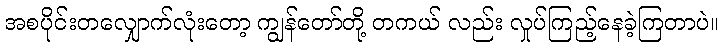
အစပိုင်းတလျှောက်လုံးတော့ ကျွန်တော်တို့ တကယ် လည်း လှုပ်ကြည့်နေခဲ့ကြတာပဲ။